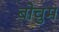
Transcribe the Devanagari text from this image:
बोचुम